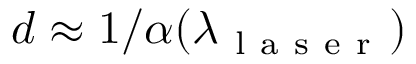
d \approx 1 / \alpha ( \lambda _ { \mathrm { ~ l ~ a ~ s ~ e ~ r ~ } } )